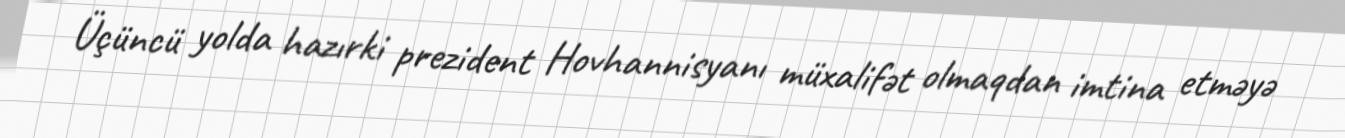
Üçüncü yolda hazırki prezident Hovhannisyanı müxalifət olmaqdan imtina etməyə